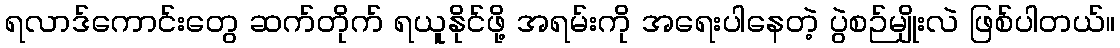
ရလာဒ်ကောင်းတွေ ဆက်တိုက် ရယူနိုင်ဖို့ အရမ်းကို အရေးပါနေတဲ့ ပွဲစဉ်မျိုးလဲ ဖြစ်ပါတယ်။